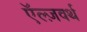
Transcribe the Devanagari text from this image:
ऍल्ज़वर्थ